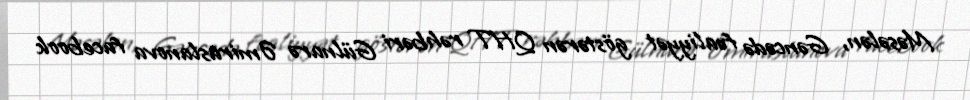
Məsələn, Gəncədə fəaliyyət göstərən QHT rəhbəri Gülnarə Əmiraslanova facebook